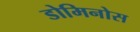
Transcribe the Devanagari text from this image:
डोमिनोस